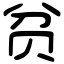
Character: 贫